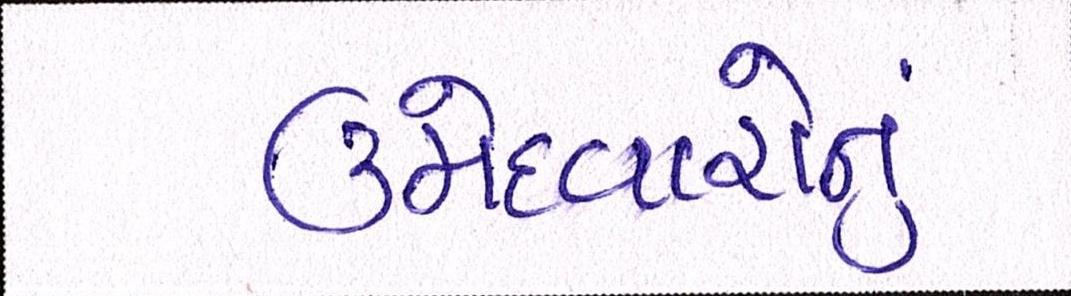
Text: ઉમેદવારોનું